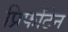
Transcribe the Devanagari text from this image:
प्रिफोंटेन